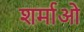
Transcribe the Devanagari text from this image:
शर्माओ